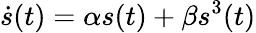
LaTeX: \dot{s}(t)=\alpha s(t)+\beta s^{3}(t)